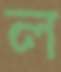
ল